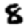
Digit: 8